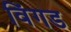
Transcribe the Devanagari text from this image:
विंगड